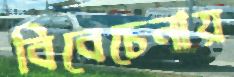
বিবেচেনায়